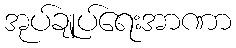
အုပ်ချုပ်ရေးအာဏာ